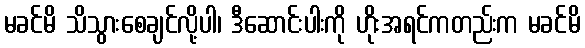
မခင်မိ သိသွားစေချင်လို့ပါ၊ ဒီဆောင်းပါးကို ဟိုးအရင်ကတည်းက မခင်မိ